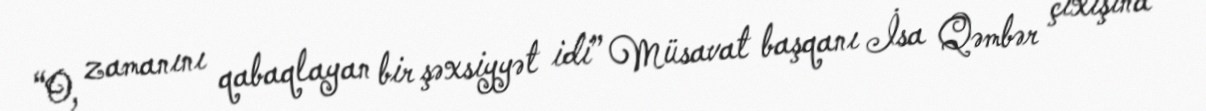
“O, zamanını qabaqlayan bir şəxsiyyət idi” Müsavat başqanı İsa Qəmbər çıxışına